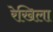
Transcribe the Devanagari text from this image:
रेखिला